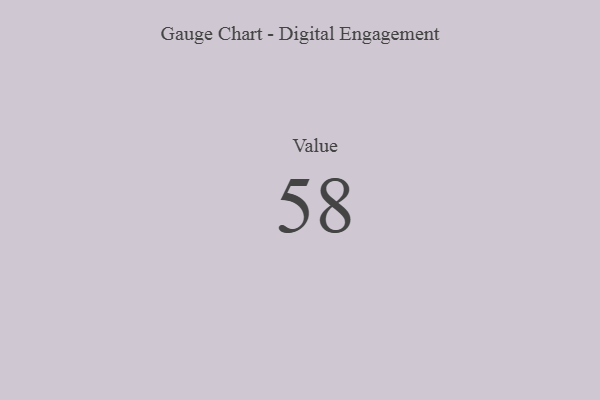
{"axis": {"x": "Metric", "y": "Value"}, "legend": [""], "data": [{"x": "Value", "y": 58, "type": ""}]}